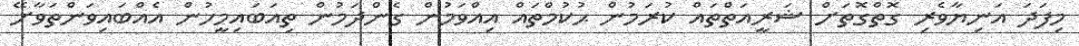
މިފަދަ އަނިޔާވެރި ގޮތްގޮތަށް ޝަރީއަތްތައް ކުރަމުން ޙުކުމްތައް އިއްވަމުން ގެންދަމުން ތިއަބައިމީހުން އެއްބައިވަންތަވާށޭ